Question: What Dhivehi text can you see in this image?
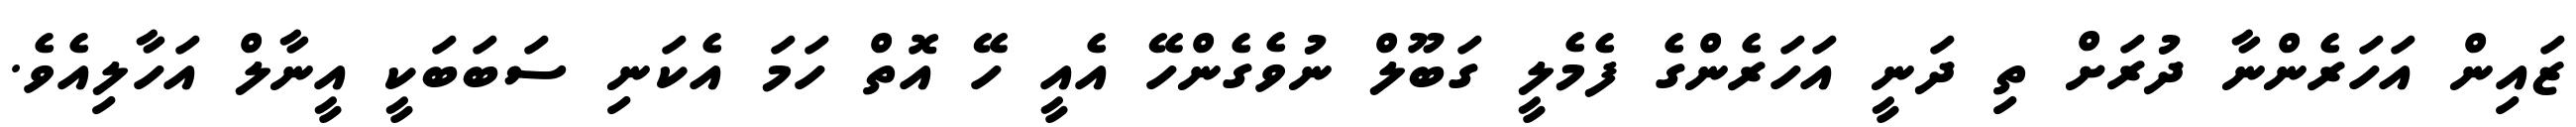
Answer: ޒައިން އަހަރެންނާ ދުރަށް ތި ދަނީ އަހަރެންގެ ފެމެލީ ގަބޫލް ނުވެގެންހޭ އެއީ ހޭ އޮތް ހަމަ އެކަނި ސަބަބަކީ އީނާލް އަހާލިއެވެ.